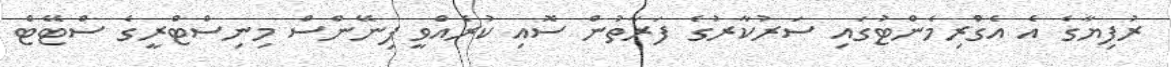
ރުފިޔާގެ އެ އެގްރިމެންޓުގައި ސަރުކާރުގެ ފަރާތުން ސޮއި ކުރެއްވީ ފިނޭންސް މިނިސްޓްރީގެ ސްޓޭޓް